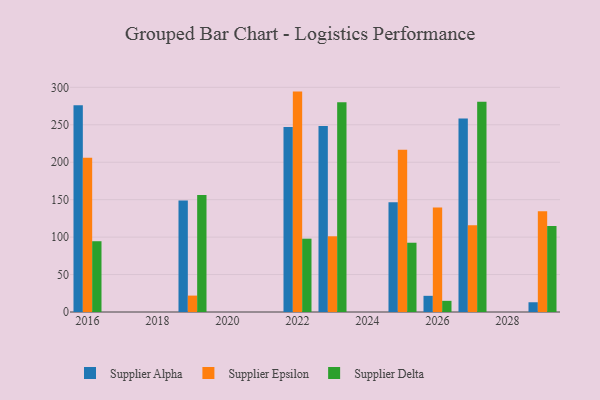
{"axis": {"x": "Year", "y": "Page Views"}, "legend": ["Supplier Alpha", "Supplier Delta", "Supplier Epsilon"], "data": [{"x": "2026", "y": 21.6, "type": "Supplier Alpha"}, {"x": "2026", "y": 139.7, "type": "Supplier Epsilon"}, {"x": "2026", "y": 14.9, "type": "Supplier Delta"}, {"x": "2027", "y": 258.5, "type": "Supplier Alpha"}, {"x": "2027", "y": 115.7, "type": "Supplier Epsilon"}, {"x": "2027", "y": 280.8, "type": "Supplier Delta"}, {"x": "2023", "y": 248.2, "type": "Supplier Alpha"}, {"x": "2023", "y": 101.1, "type": "Supplier Epsilon"}, {"x": "2023", "y": 280.2, "type": "Supplier Delta"}, {"x": "2029", "y": 13.0, "type": "Supplier Alpha"}, {"x": "2029", "y": 134.5, "type": "Supplier Epsilon"}, {"x": "2029", "y": 114.7, "type": "Supplier Delta"}, {"x": "2019", "y": 148.9, "type": "Supplier Alpha"}, {"x": "2019", "y": 21.9, "type": "Supplier Epsilon"}, {"x": "2019", "y": 156.1, "type": "Supplier Delta"}, {"x": "2022", "y": 247.0, "type": "Supplier Alpha"}, {"x": "2022", "y": 294.3, "type": "Supplier Epsilon"}, {"x": "2022", "y": 97.9, "type": "Supplier Delta"}, {"x": "2025", "y": 146.4, "type": "Supplier Alpha"}, {"x": "2025", "y": 216.5, "type": "Supplier Epsilon"}, {"x": "2025", "y": 92.5, "type": "Supplier Delta"}, {"x": "2016", "y": 276.0, "type": "Supplier Alpha"}, {"x": "2016", "y": 206.0, "type": "Supplier Epsilon"}, {"x": "2016", "y": 94.5, "type": "Supplier Delta"}]}